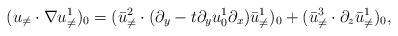
LaTeX: \begin{align*}(u_{\neq} \cdot \nabla u^1_{\neq})_0 = (\bar{u}_{\neq}^2 \cdot (\partial_y - t\partial_y u_0^1\partial_x)\bar{u}^1_{\neq})_0 + (\bar{u}_{\neq}^3 \cdot \partial_z\bar{u}^1_{\neq})_0,\end{align*}